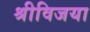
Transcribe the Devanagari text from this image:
श्रीविजया